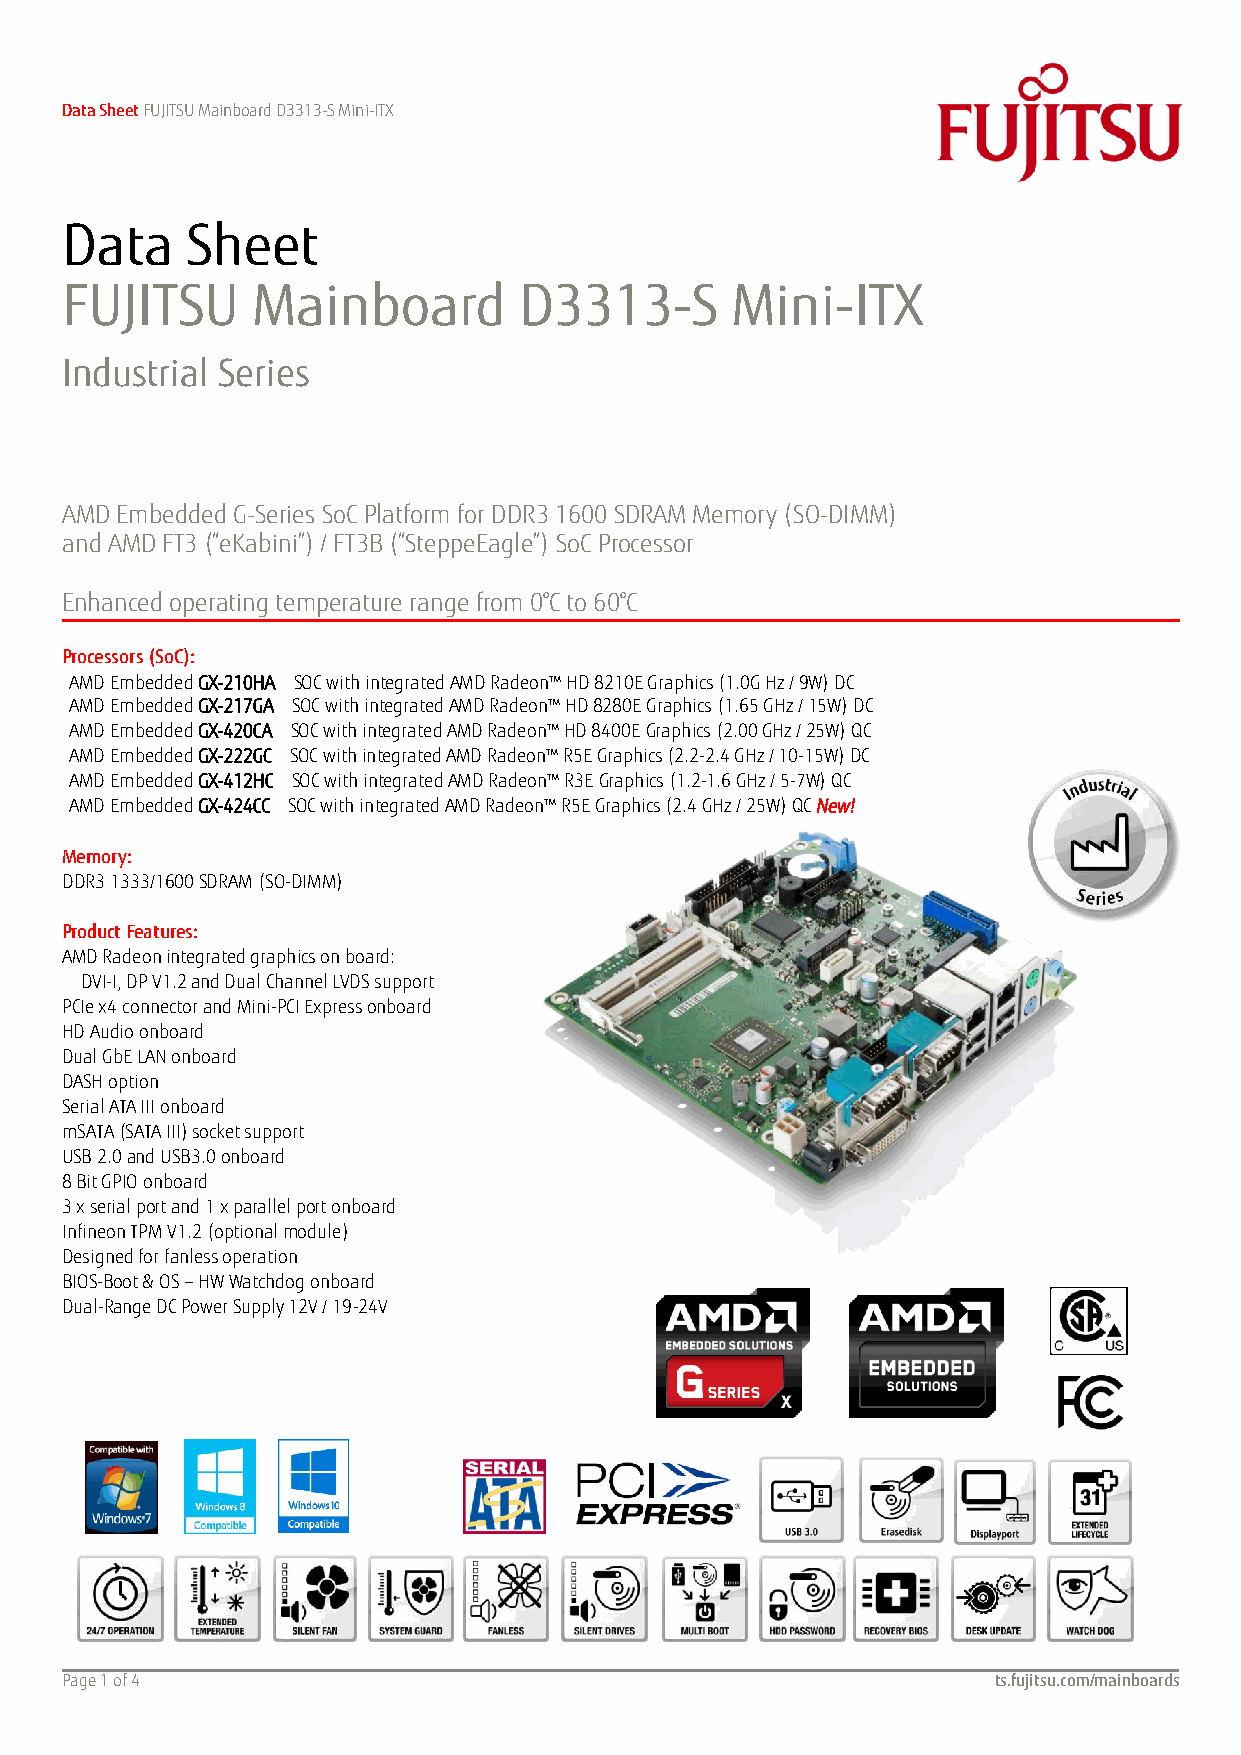
Data Sheet FUJITSU Mainboard D3313-S Mini-ITX
 Data    Sheet
 FUJITSU      Mainboard        D3313-S       Mini-ITX
 Industrial Series
 AMD Embedded G-Series SoC Platform for DDR3 1600 SDRAM Memory (SO-DIMM)
 and AMD FT3 (“eKabini”) / FT3B (“SteppeEagle”) SoC Processor
 Enhanced operating temperature range from 0°C to 60°C
 P rocessors (SoC):
 AMD Embedded GX-210HA SOC with integrated AMD Radeon™ HD 8210E Graphics (1.0G Hz / 9W ) DC
 AMD Embedded GX-217GA SOC with integrated AMD Radeon™ HD 8280E Graphics (1.65 GHz / 15 W) DC
 AMD Embedded GX-420CA SOC with integrated AM D Radeon™ HD 8400E Graphics (2.00 GHz / 25W) QC
 AMD Embedded GX-222GC SOC with integrated AM D Radeon™ R5E Graphics (2.2-2.4 GHz / 10-15W) DC
 AMD Embedded GX-412HC SOC with integrated AM D Radeon™ R3E Graphics (1.2-1.6 GHz / 5-7W) QC
 AMD Embedded GX-424CC SOC with integrated AM D Radeon™ R5E Graphics (2.4 GHz / 25W) QC New!
 M emory:
 DDR3 1333/1600 SDRAM (SO-DIMM)
 Product Features:
 AMD Radeon integrated graphics on board:
 DVI-I, DP V1.2 and Dual Channel LVDS support
 PCIe x4 connector and Mini-PCI Express onboard
 HD Audio onboard
 Dual GbE LAN onboard
 DASH option
 Serial ATA III onboard
 mSATA (SATA III) socket support
 USB 2.0 and USB3.0 onboard
 8 Bit GPIO onboard
 3 x serial port and 1 x parallel port onboard
 Infineon TPM V1.2 (optional module)
 Designed for fanless operation
 BIOS-Boot & OS – HW Watchdog onboard
 Dual-Range DC Power Supply 12V / 19-24V
 Page 1 of 4                                                   ts.fujitsu.com/mainboards